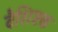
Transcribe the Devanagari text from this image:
वैशिष्टक